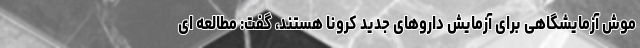
موش آزمایشگاهی برای آزمایش داروهای جدید کرونا هستند، گفت: مطالعه ای